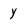
Character: Y